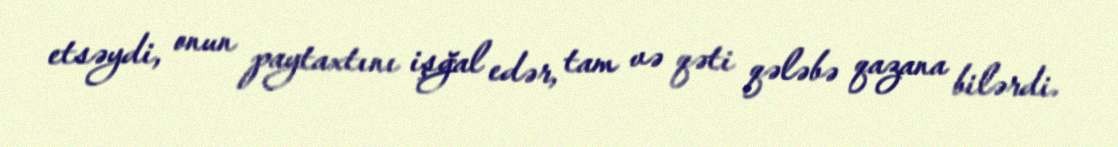
etsəydi, onun paytaxtını işğal edər, tam və qəti qələbə qazana bilərdi.